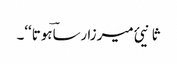
ثانیئ میرزا رساؔہوتا‘‘۔